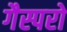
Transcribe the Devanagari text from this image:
गैस्परो